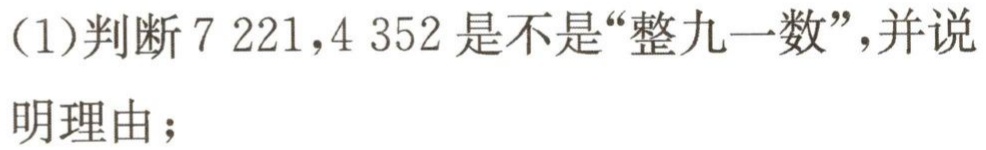
(1)判断$7221,4352$是不是“整九一数”，并说明理由；